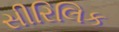
સીરિલિક